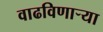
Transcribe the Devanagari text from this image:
वाढविणाऱ्या